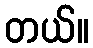
တယ်။